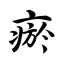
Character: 瘀